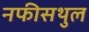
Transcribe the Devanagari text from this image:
नफीसथुल